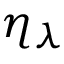
\eta _ { \lambda }